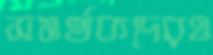
সমর্থকদেরও